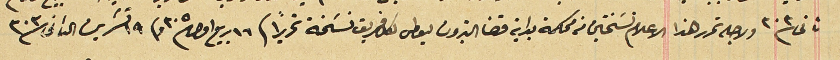
ثاني ٣٠٣ ولاجله تحرر هذا الاعلام نسَختين من محكمة بداية قضا البترون ليعطى لكل فريق نسخة تحريراً فى ١٦ ربيع اول ٣٠٥ و١٩ تشرين الثانى سنة ٣٠٣